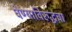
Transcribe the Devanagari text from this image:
घेण्याविरुद्धचा